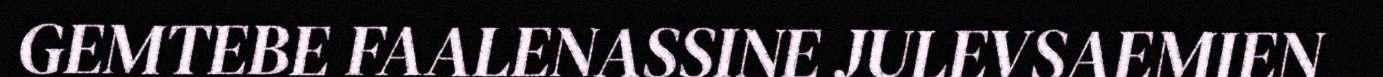
GEMTEBE FAALENASSINE JULEVSAEMIEN